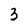
Character: 3